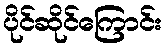
ပိုင်ဆိုင်ကြောင်း